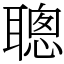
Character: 聰